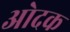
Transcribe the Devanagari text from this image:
ओदक